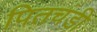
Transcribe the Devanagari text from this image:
पितचंडी